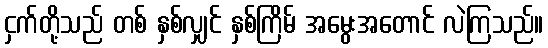
ငှက်တို့သည် တစ် နှစ်လျှင် နှစ်ကြိမ် အမွေးအတောင် လဲကြသည်။